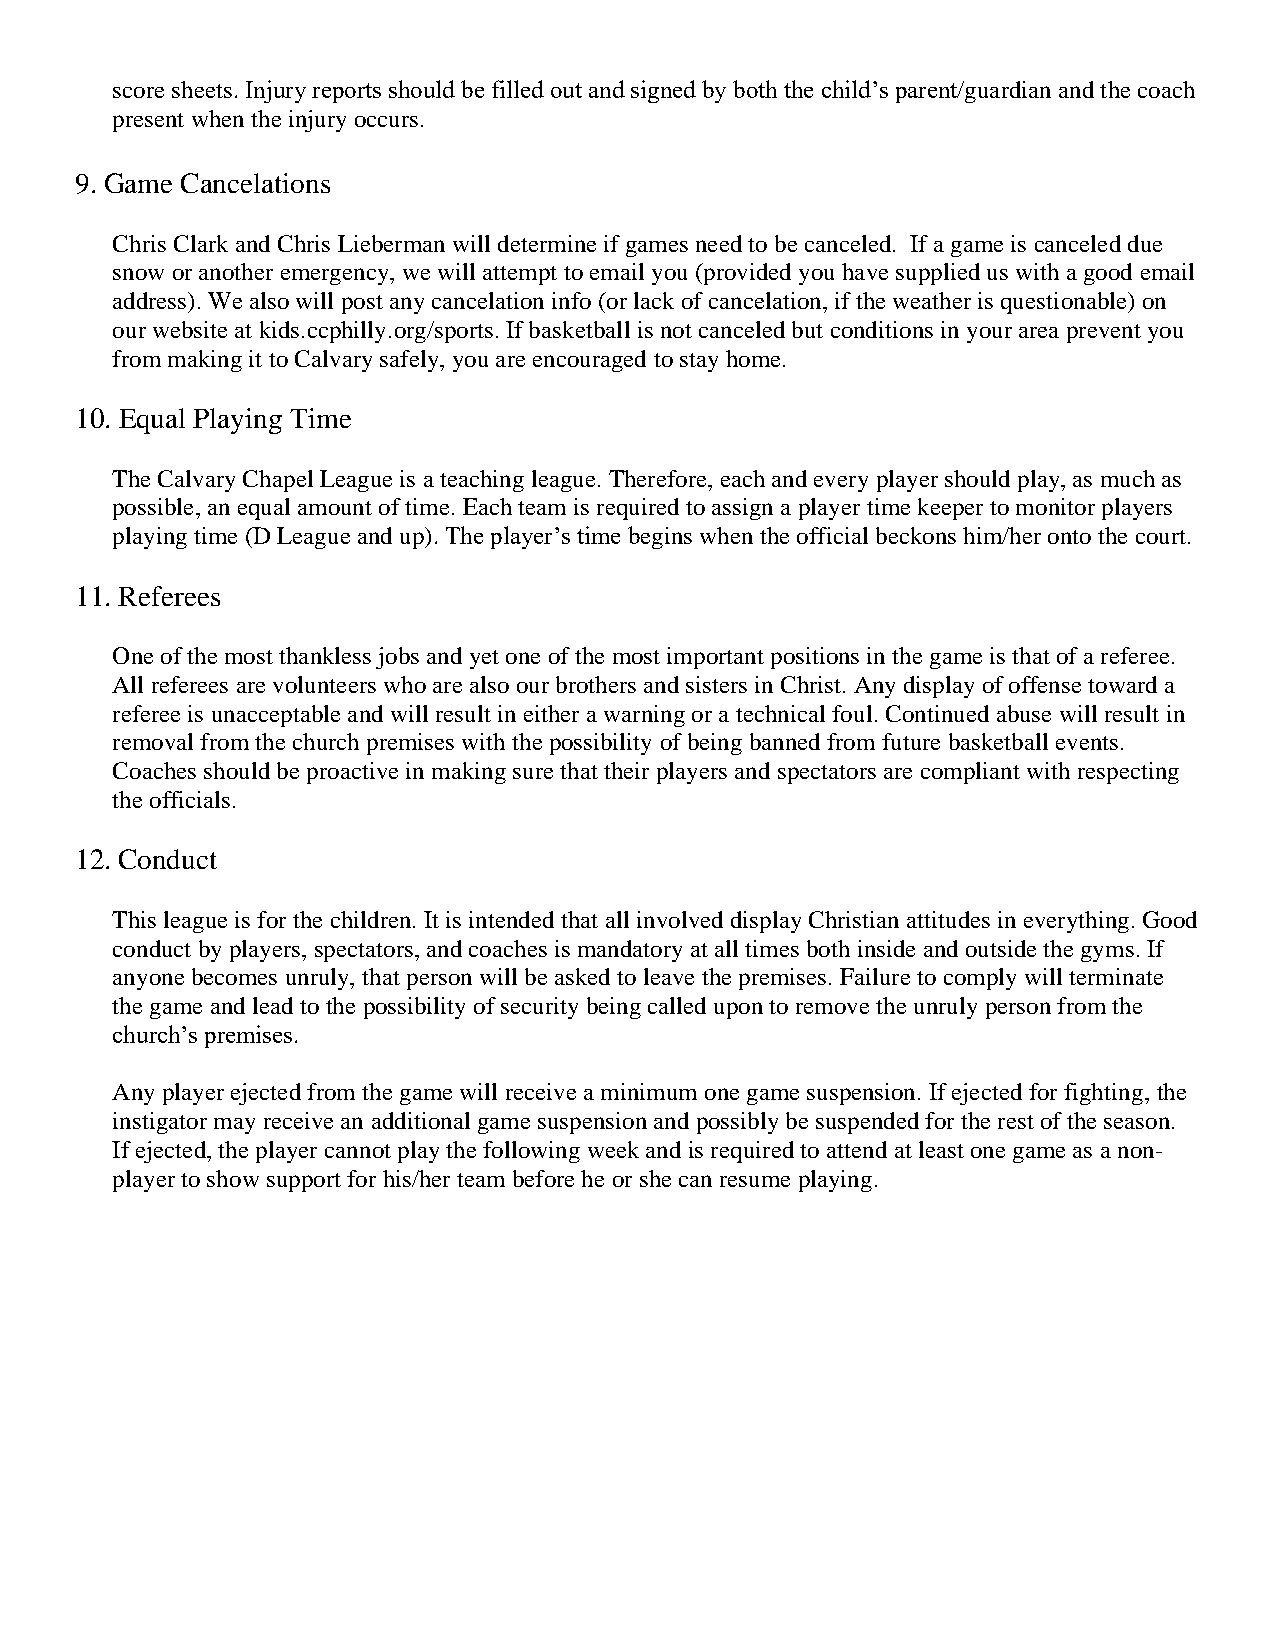
score sheets. Injury reports should be filled out and signed by both the child’s parent/guardian and the coach
 present when the injury occurs.
 9. Game Cancelations
 Chris Clark and Chris Lieberman will determine if games need to be canceled. If a game is canceled due
 snow or another emergency, we will attempt to email you (provided you have supplied us with a good email
 address). We also will post any cancelation info (or lack of cancelation, if the weather is questionable) on
 our website at kids.ccphilly.org/sports. If basketball is not canceled but conditions in your area prevent you
 from making it to Calvary safely, you are encouraged to stay home.
 10. Equal Playing Time
 The Calvary Chapel League is a teaching league. Therefore, each and every player should play, as much as
 possible, an equal amount of time. Each team is required to assign a player time keeper to monitor players
 playing time (D League and up). The player’s time begins when the official beckons him/her onto the court.
 11. Referees
 One of the most thankless jobs and yet one of the most important positions in the game is that of a referee.
 All referees are volunteers who are also our brothers and sisters in Christ. Any display of offense toward a
 referee is unacceptable and will result in either a warning or a technical foul. Continued abuse will result in
 removal from the church premises with the possibility of being banned from future basketball events.
 Coaches should be proactive in making sure that their players and spectators are compliant with respecting
 the officials.
 12. Conduct
 This league is for the children. It is intended that all involved display Christian attitudes in everything. Good
 conduct by players, spectators, and coaches is mandatory at all times both inside and outside the gyms. If
 anyone becomes unruly, that person will be asked to leave the premises. Failure to comply will terminate
 the game and lead to the possibility of security being called upon to remove the unruly person from the
 church’s premises.
 Any player ejected from the game will receive a minimum one game suspension. If ejected for fighting, the
 instigator may receive an additional game suspension and possibly be suspended for the rest of the season.
 If ejected, the player cannot play the following week and is required to attend at least one game as a non-
 player to show support for his/her team before he or she can resume playing.